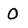
Character: 0